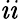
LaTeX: \mathit{i}\mathit{i}